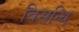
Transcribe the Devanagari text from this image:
विसन्धि